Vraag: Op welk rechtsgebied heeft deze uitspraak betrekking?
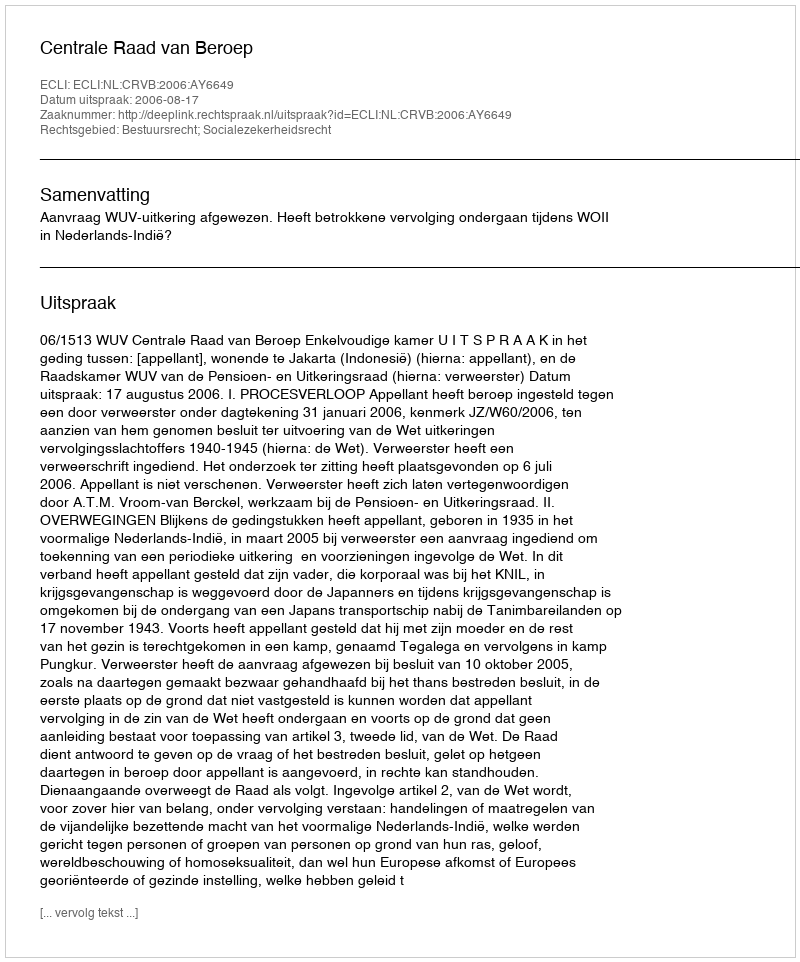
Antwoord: Bestuursrecht; Socialezekerheidsrecht